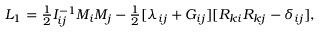
\begin{array} { r } { L _ { 1 } = \frac 1 2 I _ { i j } ^ { - 1 } M _ { i } M _ { j } - \frac 1 2 [ \lambda _ { i j } + G _ { i j } ] [ R _ { k i } R _ { k j } - \delta _ { i j } ] , } \end{array}